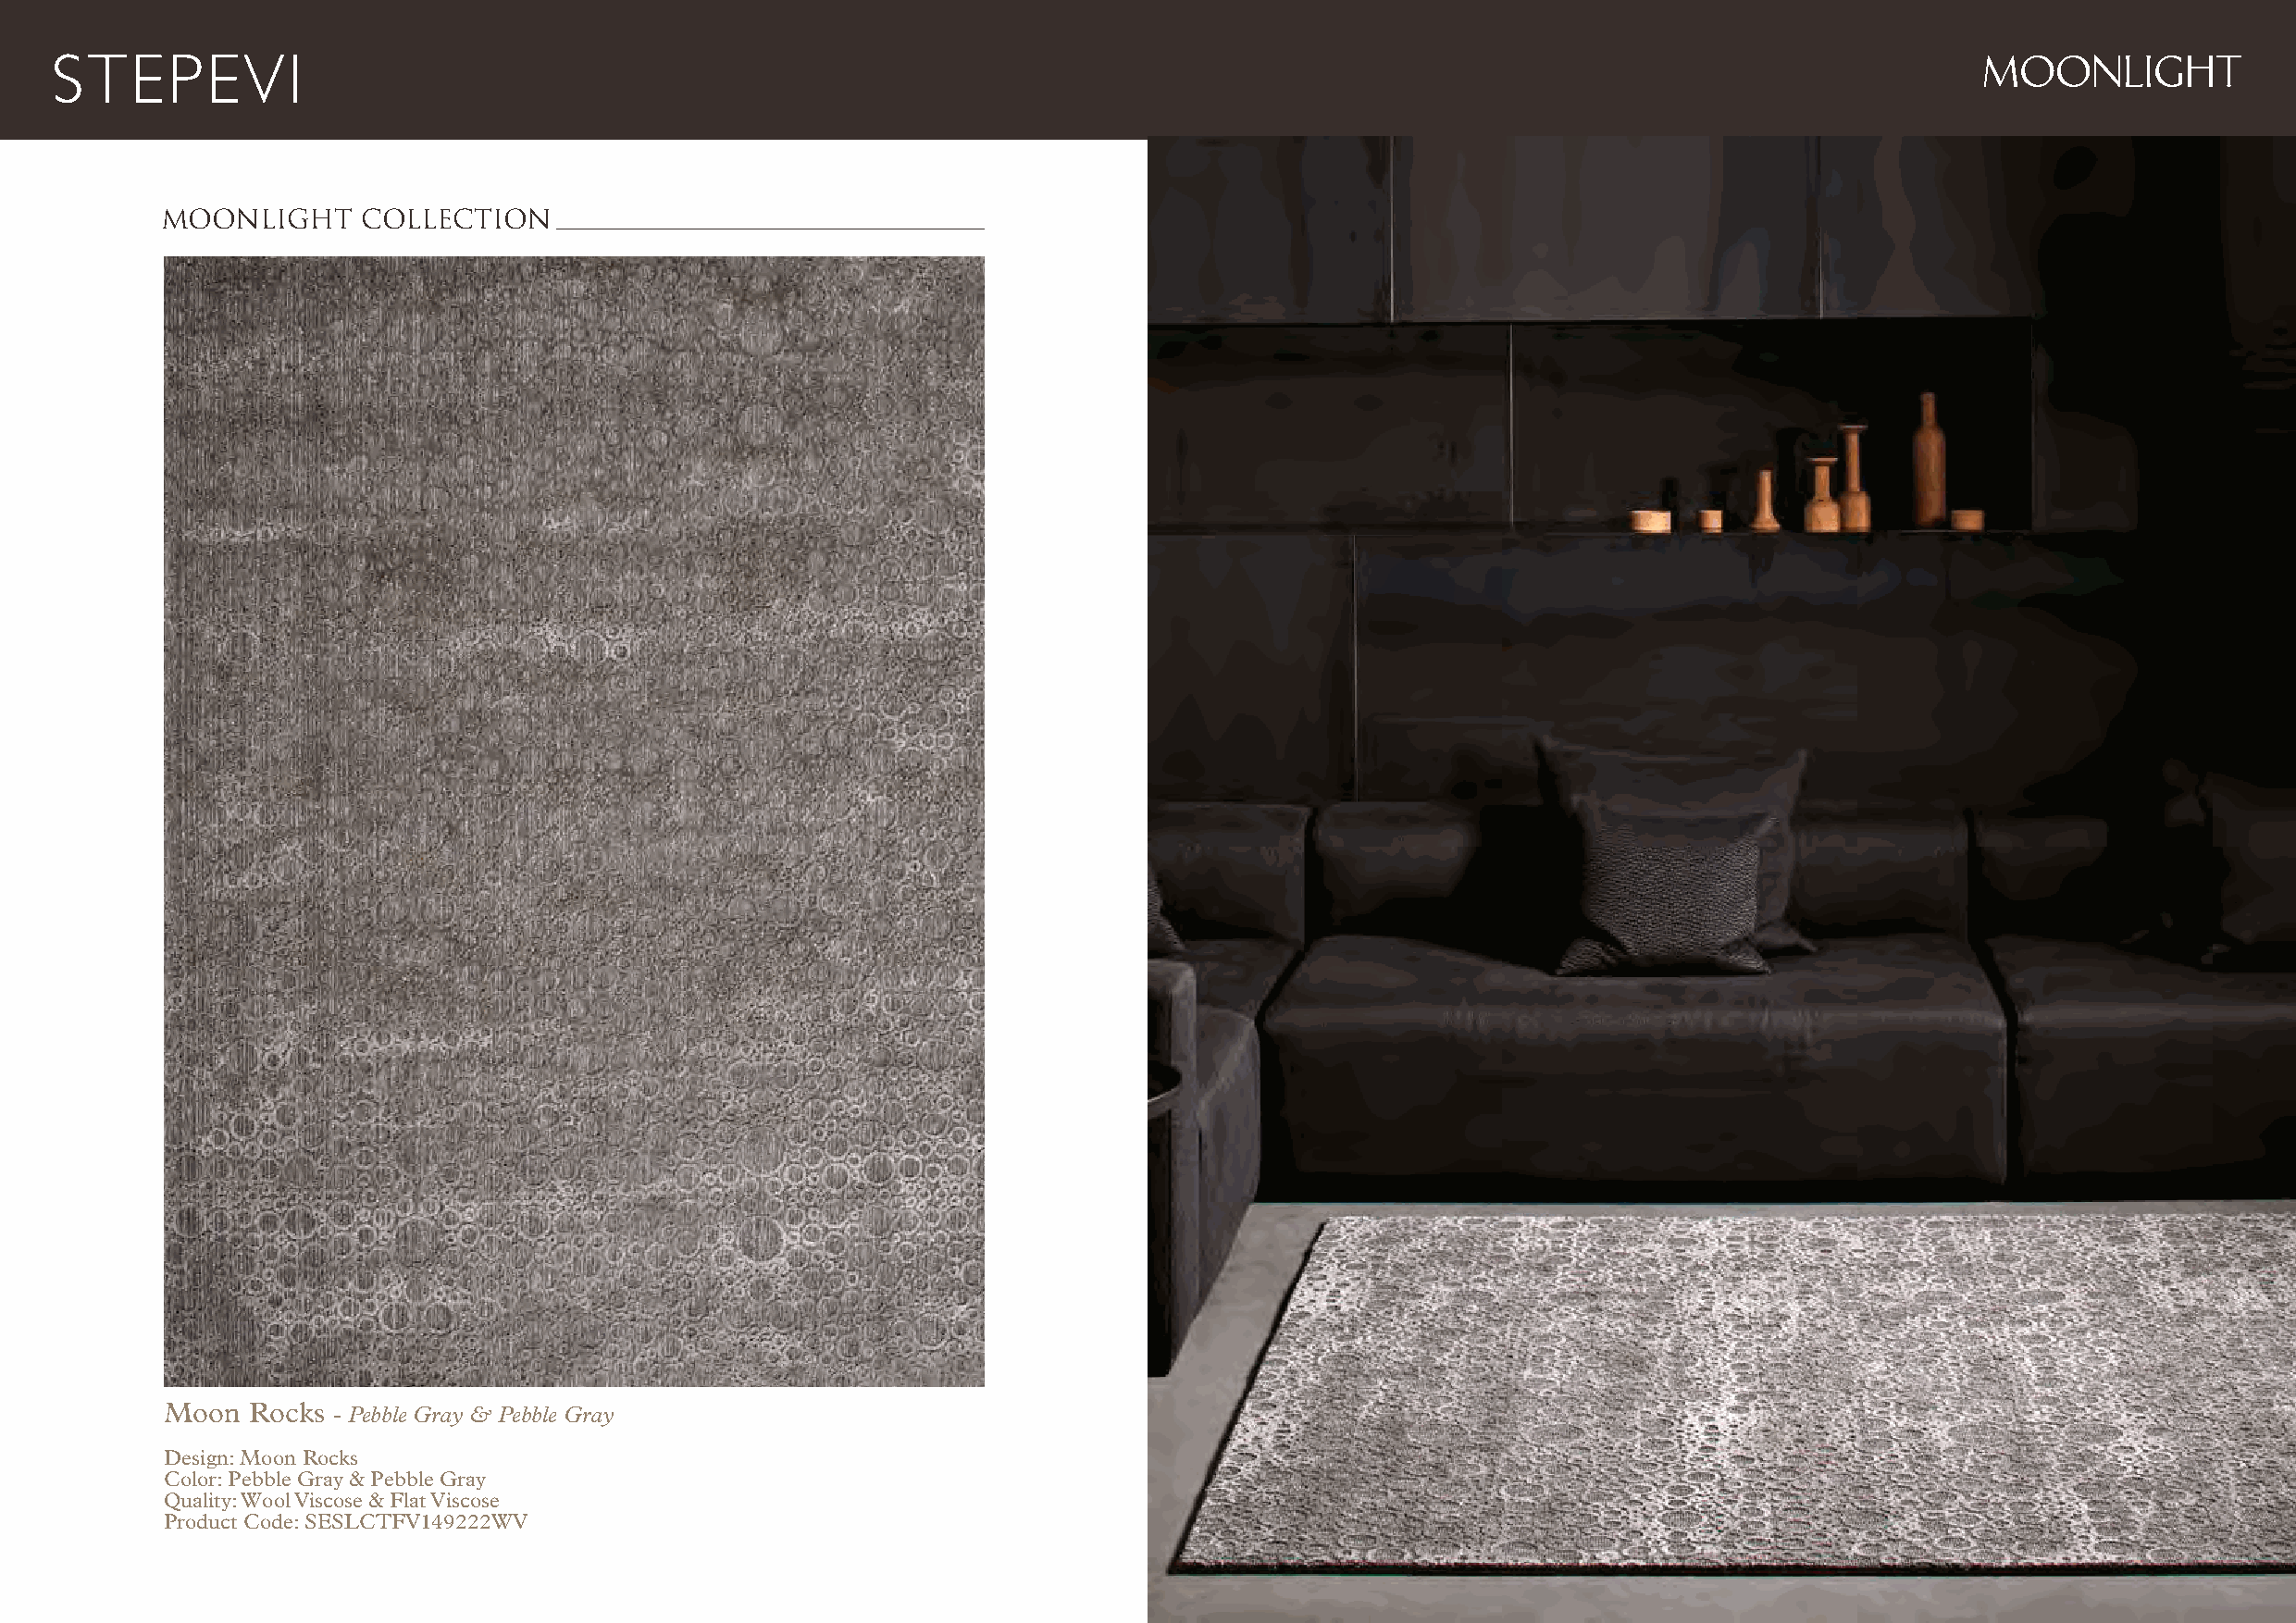
MOONLIGHT
 MOONLIGHT     COLLECTION
 Moon  Rocks - Pebble Gray & Pebble Gray
 Design: Moon Rocks
 Color: Pebble Gray & Pebble Gray
 Quality: Wool Viscose & Flat Viscose
 Product Code: SESLCTFV149222WV